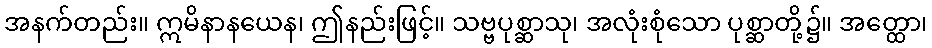
အနက်တည်း။ ဣမိနာနယေန၊ ဤနည်းဖြင့်။ သဗ္ဗပုစ္ဆာသု၊ အလုံးစုံသော ပုစ္ဆာတို့၌။ အတ္ထော၊